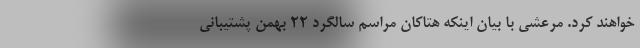
خواهند کرد. مرعشی با بیان اینکه هتاکان مراسم سالگرد ۲۲ بهمن پشتیبانی